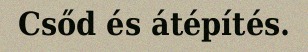
Csőd és átépítés.